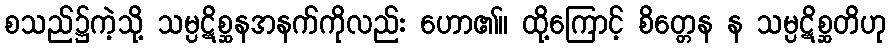
စသည်၌ကဲ့သို့ သမ္ပဋိစ္ဆနအနက်ကိုလည်း ဟော၏။ ထို့ကြောင့် စိတ္တေန န သမ္ပဋိစ္ဆတိဟု